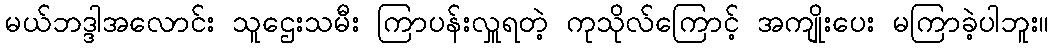
မယ်ဘဒ္ဒါအလောင်း သူဌေးသမီး ကြာပန်းလှူရတဲ့ ကုသိုလ်ကြောင့် အကျိုးပေး မကြာခဲ့ပါဘူး။